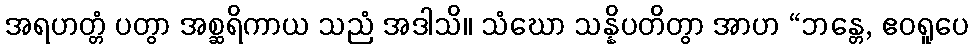
အရဟတ္တံ ပတွာ အစ္ဆရိကာယ သညံ အဒါသိ။ သံဃော သန္နိပတိတွာ အာဟ “ဘန္တေ, ဧဝရူပေ